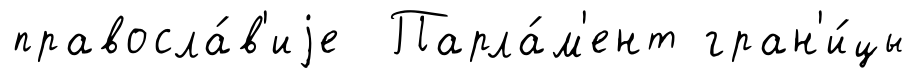
правосла́в'иjе Парла́м'ент гран'и́цы